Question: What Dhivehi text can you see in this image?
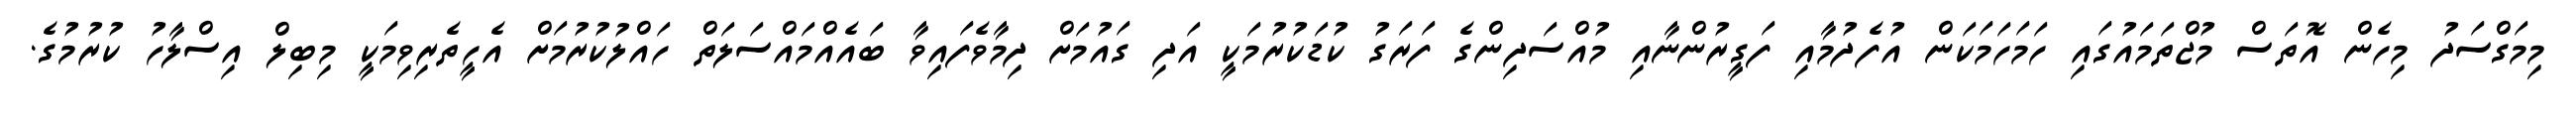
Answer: މިމަގްސަދު މިހެން އޮތަސް މުޖްތަމައުގައި ހަމަހަމަކަން އުފެދުމާއި ފަގީރުންނާއި މުއްސަދިންގެ ފަރަގު ކުޑަކުރުމަކީ އަދި ގައުމަށް ދިމާވެފައިވާ ބައެއްމައްސަލަތް ހައްލުކުރުމަށް އެހީތެރިވިމަކީ މިބިލް އިސްލާހު ކުރުމުގެ.